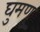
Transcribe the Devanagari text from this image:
घुमणु